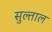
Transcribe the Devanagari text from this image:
सुल्ताल